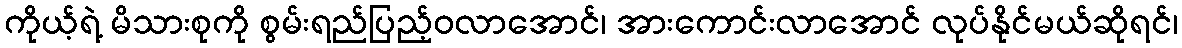
ကိုယ့်ရဲ့ မိသားစုကို စွမ်းရည်ပြည့်ဝလာအောင်၊ အားကောင်းလာအောင် လုပ်နိုင်မယ်ဆိုရင်၊